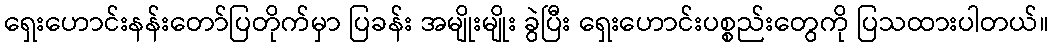
ရှေးဟောင်းနန်းတော်ပြတိုက်မှာ ပြခန်း အမျိုးမျိုး ခွဲပြီး ရှေးဟောင်းပစ္စည်းတွေကို ပြသထားပါတယ်။